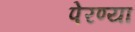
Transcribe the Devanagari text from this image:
पेरण्या